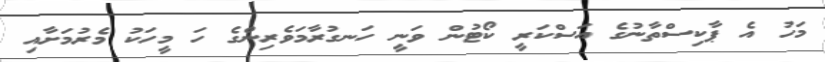
މަހު އެ ޕާކިސްތާނުގެ އަސްކަރީ ކޯޓުން ވަނީ ހަނގުރާމަވެރިންގެ ހަ މީހަކު މެރުމަށާއި